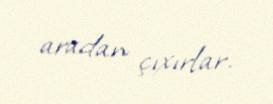
aradan çıxırlar.